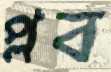
প্লব